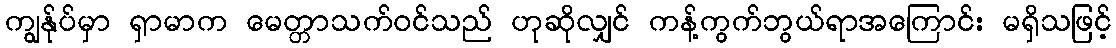
ကျွန်ုပ်မှာ ရှာမာက မေတ္တာသက်ဝင်သည် ဟုဆိုလျှင် ကန့်ကွက်ဘွယ်ရာအကြောင်း မရှိသဖြင့်